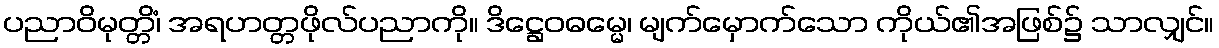
ပညာဝိမုတ္တိံ၊ အရဟတ္တဖိုလ်ပညာကို။ ဒိဋ္ဌေဝဓမ္မေ၊ မျက်မှောက်သော ကိုယ်၏အဖြစ်၌ သာလျှင်။